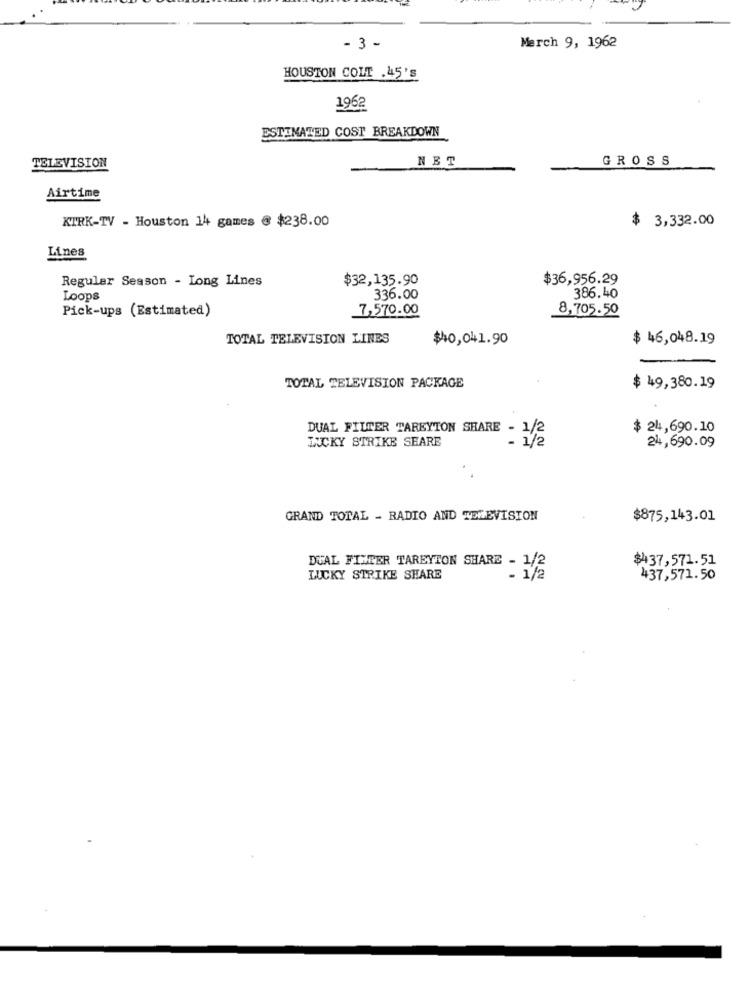
- 3 -
Merch 9, 1962
HOUSTON COLT .45's
1962
ESTIMATED COST BREAKDOWN
NET
GROSS
TELEVISION
Airtime
KIRK-TV - Houston 14 games @ $238.00
$ 3,332.00
Lines
Regular Season - Long Lines
$32,135.90
$36,956.29
Loops
336.00
386.40
Pick-ups (Estimated)
7,570.00
8,705.50
TOTAL TELEVISION LINES
$40,041.90
$ 46,048.19
TOTAL TELEVISION PACKAGE
$ 49,380.19
DUAL FILTER TAREYTON SHARE - 1/2
$ 24,690.10
LUCKY STRIKE SEARE
- 1/2
24,690.09
GRAND TOTAL - RADIO AND TELEVISION
$875,143.01
DUAL FILTER TAREYTON SHARE - 1/2
$437,571.51
LUCKY STRIKE SHARE
- 1/2
437,571.50